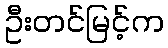
ဦးတင်မြင့်က